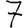
Digit: 7